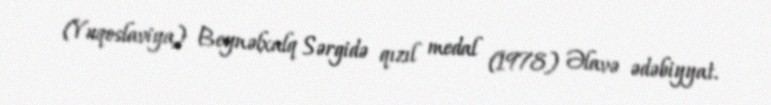
(Yuqoslaviya) Beynəlxalq Sərgidə qızıl medal (1978) Əlavə ədəbiyyat.